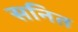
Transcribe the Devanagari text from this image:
सनित